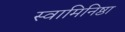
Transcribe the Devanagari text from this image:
स्वामिनिष्ठा